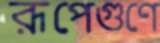
রূপেগুণে